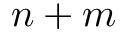
n + m